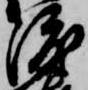
渡